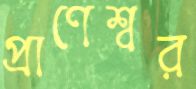
প্রাণেশ্বর